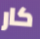
كار